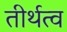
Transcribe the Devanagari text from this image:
तीर्थत्व